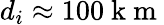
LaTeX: d_{i}\approx 100\mathrm{~k~m~}